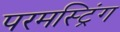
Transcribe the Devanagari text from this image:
परमस्ट्रिंग